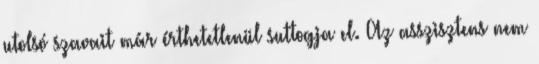
utolsó szavait már érthetetlenül suttogja el. Az asszisztens nem